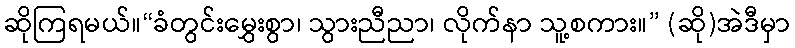
ဆိုကြရမယ်။“ခံတွင်းမွှေးစွာ၊ သွားညီညာ၊ လိုက်နာ သူ့စကား။” (ဆို)အဲဒီမှာ